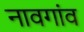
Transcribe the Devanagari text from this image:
नावगांव